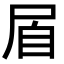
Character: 㞒